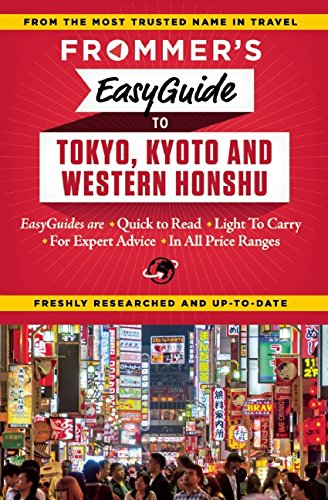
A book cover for Frommer's EasyGuide to Tokyo, Kyoto and Western Honshu (Easy Guides); Beth Reiber; Travel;